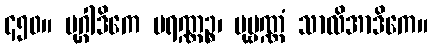
၄၅၀။ မုဂ္ဂါဒိကေ ပရဏ္ဏဉ္စ၊ ပုဗ္ဗဏ္ဏံ သာလိအာဒိကေ။